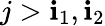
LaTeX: j>\mathbf{i}_{1},\mathbf{i}_{2}